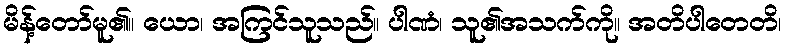
မိန့်တော်မူ၏။ ယော၊ အကြင်သူသည်။ ပါဏံ၊ သူ၏အသက်ကို။ အတိပါတေတိ၊